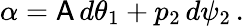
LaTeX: \alpha=\mathsf{A}\, d\theta_{1}+p_{2}\, d\psi_{2}\, .